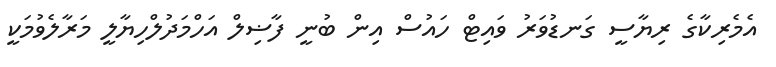
އެމެރިކާގެ ރިޔާސީ ގަނޑުވަރު ވައިޓް ހައުސް އިން ބުނީ ފާޟިލް އަހްމަދުލްހިޔާލީ މަރާލެވުމަކީ